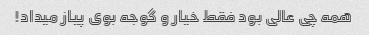
همه چی عالی بود فقط خیار و گوجه بوی پیاز میداد!